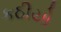
કઠીયો